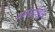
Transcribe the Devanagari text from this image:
प्रवर्धाशी